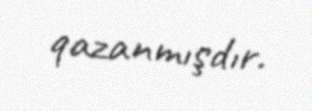
qazanmışdır.